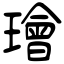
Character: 璯